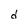
Character: d